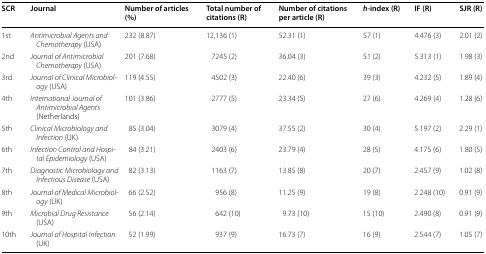
<table><thead><tr><td><b>SCR</b></td><td><b>Journal</b></td><td><b>Number of articles (%)</b></td><td><b>Total number of citations (R)</b></td><td><b>Number of citations per article (R)</b></td><td><b><i>h</i>-index (R)</b></td><td><b>IF (R)</b></td><td><b>SJR (R)</b></td></tr></thead><tbody><tr><td>1st</td><td><i>Antimicrobial Agents and Chemotherapy</i> (USA)</td><td>232 (8.87)</td><td>12,136 (1)</td><td>52.31 (1)</td><td>57 (1)</td><td>4.476 (3)</td><td>2.01 (2)</td></tr><tr><td>2nd</td><td><i>Journal of Antimicrobial Chemotherapy</i> (USA)</td><td>201 (7.68)</td><td>7245 (2)</td><td>36.04 (3)</td><td>51 (2)</td><td>5.313 (1)</td><td>1.98 (3)</td></tr><tr><td>3rd</td><td><i>Journal of Clinical Microbiology</i> (USA)</td><td>119 (4.55)</td><td>4502 (3)</td><td>22.40 (6)</td><td>39 (3)</td><td>4.232 (5)</td><td>1.89 (4)</td></tr><tr><td>4th</td><td><i>International Journal of Antimicrobial Agents</i> (Netherlands)</td><td>101 (3.86)</td><td>2777 (5)</td><td>23.34 (5)</td><td>27 (6)</td><td>4.269 (4)</td><td>1.28 (6)</td></tr><tr><td>5th</td><td><i>Clinical Microbiology and Infection</i> (UK)</td><td>85 (3.04)</td><td>3079 (4)</td><td>37.55 (2)</td><td>30 (4)</td><td>5.197 (2)</td><td>2.29 (1)</td></tr><tr><td>6th</td><td><i>Infection Control and Hospital Epidemiology</i> (USA)</td><td>84 (3.21)</td><td>2403 (6)</td><td>23.79 (4)</td><td>28 (5)</td><td>4.175 (6)</td><td>1.80 (5)</td></tr><tr><td>7th</td><td><i>Diagnostic Microbiology and Infectious Disease</i> (USA)</td><td>82 (3.13)</td><td>1163 (7)</td><td>13.85 (8)</td><td>20 (7)</td><td>2.457 (9)</td><td>1.02 (8)</td></tr><tr><td>8th</td><td><i>Journal of Medical Microbiology</i> (UK)</td><td>66 (2.52)</td><td>956 (8)</td><td>11.25 (9)</td><td>19 (8)</td><td>2.248 (10)</td><td>0.91 (9)</td></tr><tr><td>9th</td><td><i>Microbial Drug Resistance</i> (USA)</td><td>56 (2.14)</td><td>642 (10)</td><td>9.73 (10)</td><td>15 (10)</td><td>2.490 (8)</td><td>0.91 (9)</td></tr><tr><td>10th</td><td><i>Journal of Hospital Infection</i> (UK)</td><td>52 (1.99)</td><td>937 (9)</td><td>16.73 (7)</td><td>16 (9)</td><td>2.544 (7)</td><td>1.05 (7)</td></tr></tbody></table>